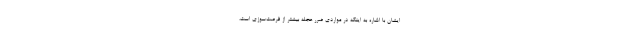
ایشان با اشاره به اینکه در مواردی ضرر عجله بیشتر از فرصت‌سوزی است،